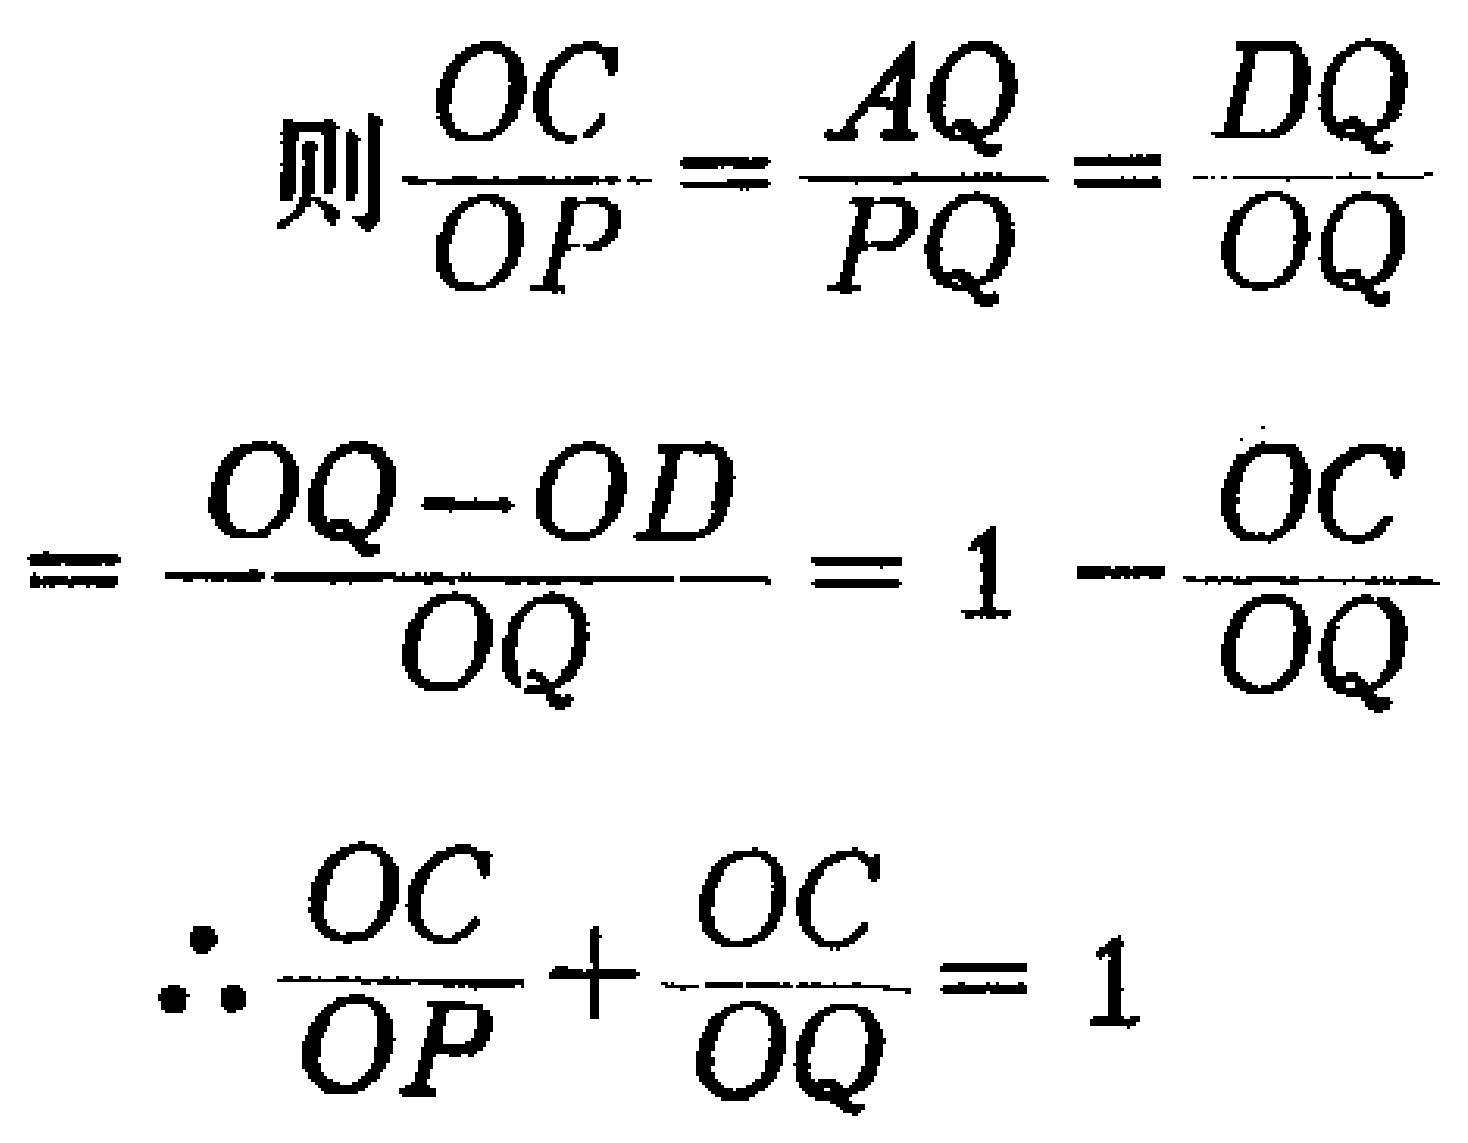
\[
\begin{align*}
&\text{则}\frac{OC}{OP}=\frac{AQ}{PQ}=\frac{DQ}{OQ}\\
&=\frac{OQ - OD}{OQ}=1-\frac{OC}{OQ}\\
&\therefore\frac{OC}{OP}+\frac{OC}{OQ}=1
\end{align*}
\]